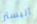
أليستر